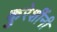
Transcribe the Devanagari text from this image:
कुरेशींनी